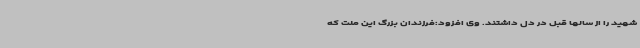
شهید را از سالها قبل در دل داشتند. وی افزود:فرزندان بزرگ این ملت که